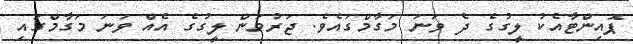
ޕޮއިންޓާއެކު ލީގުގެ ދެ ވަނަ މަގާމްގައެވެ. ޖަރުމަން ލީގުގެ އެއް ވަނަ މަގާމްގައި